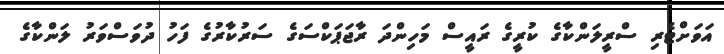
އަވަށްޓެރި ސްރީލަންކާގެ ކުރީގެ ރައީސް މަހިންދަ ރާޖަޕަކްސަގެ ސަރުކާރުގެ ފަހު ދުވަސްވަރު ލަންކާގެ